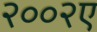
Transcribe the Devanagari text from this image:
२००२ए